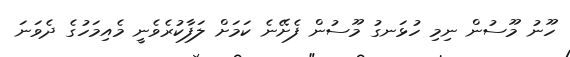
ހޫނު މޫސުން ނިމި ހުޅަނގު މޫސުން ފެށޭނެ ކަމަށް ލަފާކުރެވެނީ މެއިމަހުގެ ދެވަނަ